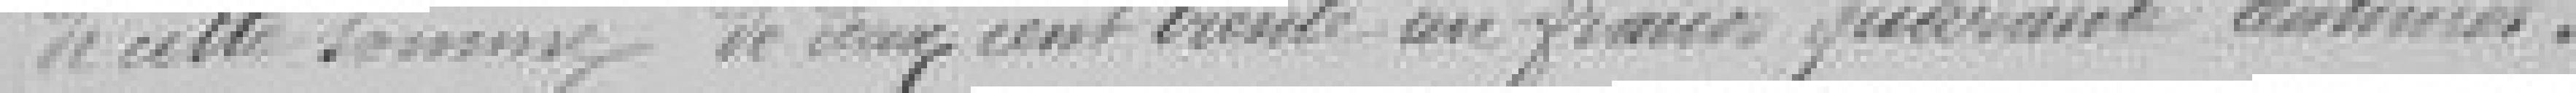
de cette somme de deux cent trente francs quarante centimes.